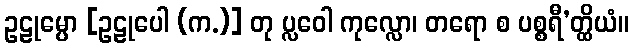
ဥဠုမ္ပော [ဥဠုပေါ (က.)] တု ပ္လဝေါ ကုလ္လော၊ တရော စ ပစ္စရီ’တ္ထိယံ။